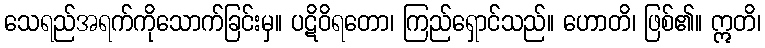
သေရည်အရက်ကိုသောက်ခြင်းမှ။ ပဋိဝိရတော၊ ကြည်ရှောင်သည်။ ဟောတိ၊ ဖြစ်၏။ ဣတိ၊